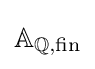
\mathbb {A} _{\mathbb {Q} ,{\text{fin}}}